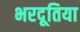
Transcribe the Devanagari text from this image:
भरदूतिया